Report on the administration of the Government Cinchona Department 1892-98
Year: 1892
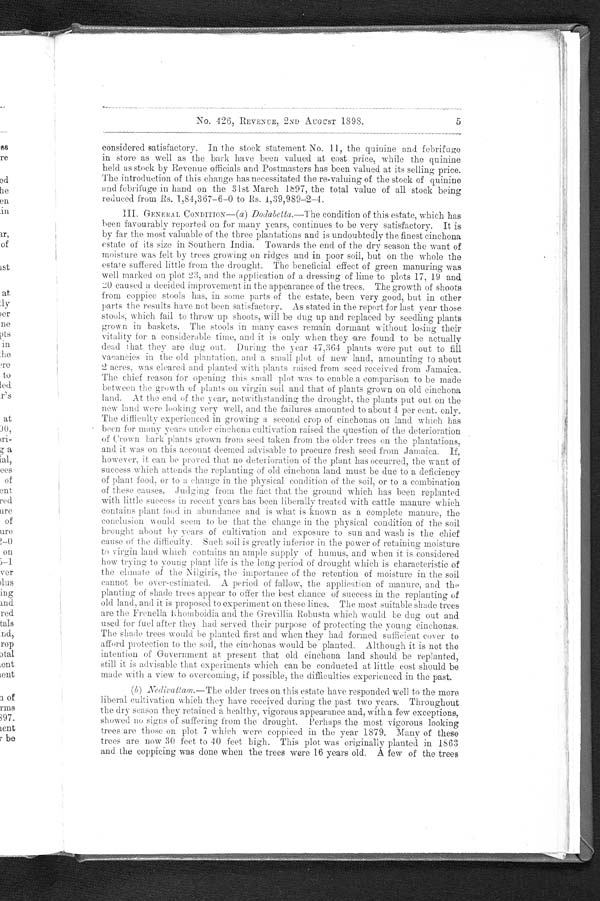
No. 578, REVENUE, 16TH JULY 1897.
t ot al expendi t ur e of Rs. 78, 317–11–1 t he di sbur sement s on account of Qui nol ogi st ' s
salary, laboratory rent, laboratory assistant, chemicals and all charges connected with
the manufacture and distribution of quinine and febrifuge amounted to Rs. 28,929–12–0,
leaving a balance of Rs. 49,387–15–1, which represents the expenditure on Head
office and plantations.
(c) Financial Returns.— In place of the two statements hitherto submitted
(Nos. 2 and 4) showing receipts and expenditure in detail compared with the budget
and revised estimates, one amalgamated statement (No. 2) is now given in which are
incorporated all the details formerly contained in the two statements particularized
above.
As no instructions have been received with reference to the modification of state-
ments 11 and 12 appended to previous Reports on which the opinion of the Accountant-
General was requested in paragraph 11 of G.O., No. 350, Revenue, of 23rd July
1896, the capital and revenue account has not been altered ; but in addition to the
usual balance sheet, a stock statement is given, showing in detail the quantity and
value of the stock in hand at the beginning and at the end of the year. In state
ments 8 and 12 appended to the last A nnual Administration Report the stock of bark
at the end of the year was shown as 190,372 lb., though the actual quantity in store
at Nedivattam, Dodabetta and Hooker was 300,030 lb. The excess of 109,658 lb.
has now been shown in statement 7 and has also been included in the stock statement.
It is impossible, however, to apportion this large excess of stock accurately to the
crops of previous years, and, as the value of bark in stock has hitherto been given at
its actual cost, the total value of the bark, viz., Rs. 80,655–4–3 remaining at the end
of last year is not affected, but instead of showing in detail the value of the balance
of crop appertaining to various years, the stock account now shows 300,030 lb. of
bark at the close of last year at an average cost per lb. of As. 4–3.61 or Rs. 80,655–4–3.
The bark harvested during the year is valued at cost price, and the quinine and febrifuge
at the rates prescribed by Government for the year 1896–97. In order to arrive at
the actual cost of the year's bark crop, the expenditure incurred on the Quinologist's
department and factory is deducted from the total expenditure. The result, which
represents the expenditure on the Head office and plantations, divided by the number
of pounds of bark harvested during the year, gives the cost per lb. of the year's crop.
The stock account shows that although the value of the bark in hand at the close of
the year was reduced by Rs. 14,798–6–6 there was an increase in the value of the
stock of quinine and febrifuge of Rs. 36,245–13–4 owing to the largely increased
output from the factory during the year. The net increase in the value of the stock
in hand on 31st March 1897 was Rs. 22,559–7–5.
The balance sheet now submitted differs in the following respects from those
appended to the annual reports in recent years :
—
(1) It shows the actual amount recovered by the sale of stock remaining on
hand at the close of the previous year.
(2) No credit is taken as cash receipts for stock held. by Collectors and post-
masters. Such stock is included in the stock statement.
The credit balance of Rs. 84,001–12–10 shown in statement 12 may be analysed as
follows :—
RS.
A. P.
Surplus of receipts and outstandings appertaining to the year
over total expenditure
...
...
... 61,442 5 5
Increase in value of stock...
...
22,559 7 5
Total
84,001 12 10
III. GENERAL CONDITION—( a ) Dodabetta.—Viewed as a whole, the trees on this
estate are looking exceedingly healthy and vigorous. This satisfactory condition is
largely due to the fact that the estate has never been very heavily cropped, and that
unlike the plantations of Nedivattam and Hooker only a small proportion of its total
area is growing a second crop of cinchona. The results of the coppicing in recent
years have been fairly satisfactory but in many instances the growth of shoots from
the stools is extremely slow. With the aid of manure and high cultivation, it is
hoped that the re-generation by coppice will prove a success. Stools which entirely fail
to make growth will be dug out, and their places supplied by healthy young plants
5